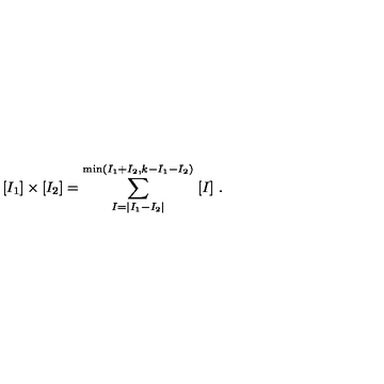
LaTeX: [ I _ { 1 } ] \times [ I _ { 2 } ] = \sum _ { I = | I _ { 1 } - I _ { 2 } | } ^ { \mathrm { m i n } ( I _ { 1 } + I _ { 2 } , k - I _ { 1 } - I _ { 2 } ) } \ [ I ] \ .